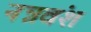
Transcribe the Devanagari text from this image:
नन्नवंश